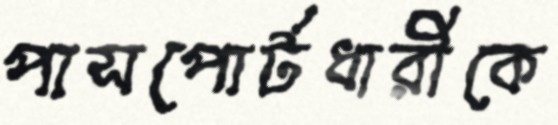
পাসপোর্টধারীকে